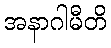
အနာဂါမီတိ